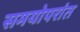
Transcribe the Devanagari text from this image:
समयोपरांत